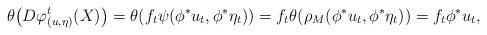
LaTeX: \begin{align*} \theta\big(D\varphi^t_{(u,\eta)}(X)\big) = \theta ( f_{t}\psi(\phi^*u_{t},\phi^* \eta_{t})) =f_t\theta(\rho_M(\phi^*u_{t}, \phi^* \eta_{t}))= f_{t} \phi^*u_{t}, \end{align*}